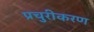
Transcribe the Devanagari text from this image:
प्रचुरीकरण